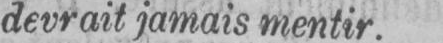
devrait jamais mentir.